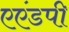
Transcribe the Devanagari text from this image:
एएंडपी